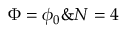
\Phi = \phi _ { 0 } \& N = 4